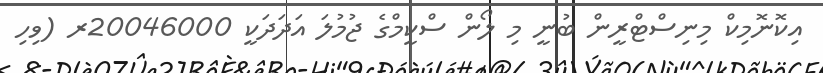
އިކޮނޮމިކް މިނިސްޓްރީން ބުނީ މި ލޯން ސްކީމްގެ ޖުމުލަ އަދަދަކީ 20046000ރ (ވިހި